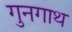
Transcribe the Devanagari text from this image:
गुनगाथ